Annual administration report of the Bombay Presidency - 1887-1892
Year: 1887
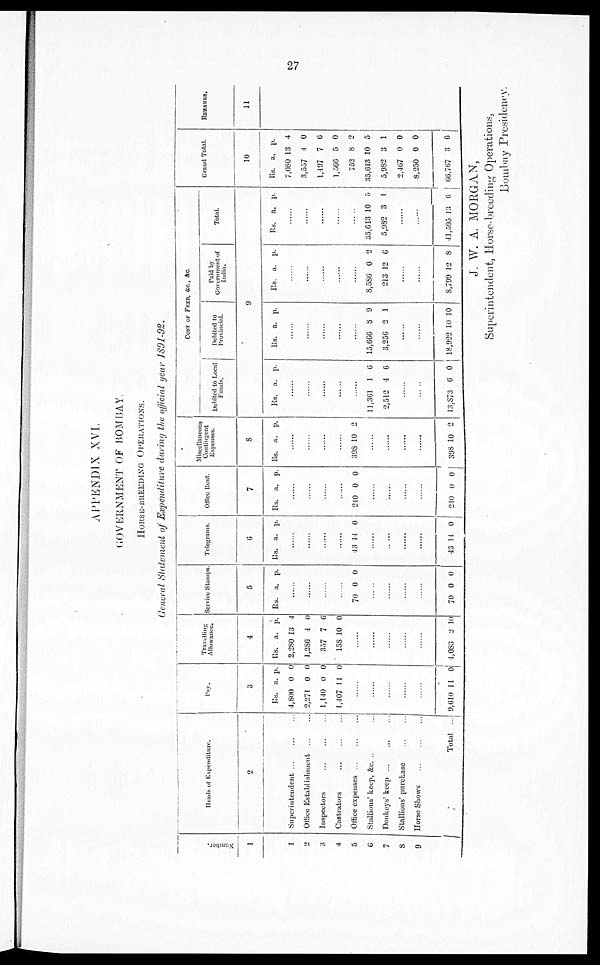
27
APPENDIX XVI.
GOVERNMENT OF BOMBAY.
HORSE-BREEDING OPERATIONS.
General Statement of Expenditure during the official year 1891-92.
Numbe r
.
1
1
2
3
4
5
6
7
8
9
Heads of Expenditure.
2
Superintendent ... ... ...
Office Establishment ... ...
Inspectors ... ... ...
Castrators ... ... ...
Office expenses ... ... ...
Stallions' keep, &c. ... ...
Donkeys' keep ... ... ...
Stallions' purchase ... ...
Horse Shows ... ... ...
Total ...
Pay.
3
Rs.
4,800
2,274
1,140
1,407
......
......
......
......
......
9,610
a.
0
0
0
11
11
p.
0
0
0
0
0
Travelling
Allowances.
4
Rs.
2,280
1,286
357
158
......
......
......
......
......
4,083
a.
13
1
7
10
2
p.
4
0
6
0
10
Service Stamps.
5
Rs. a. p.
......
......
......
......
70 0 0
......
......
......
......
70 0 0
Telegrams.
6
Rs. a. p.
......
......
......
......
43 14 0
......
......
......
......
43 14 0
Office Rent.
7
Rs. a. p.
......
......
......
......
240 0 0
......
......
......
......
240 0 0
Miscellaneous
Contingent
Expeenses.
8
Rs. a. p.
......
......
......
......
398 10 2
......
......
......
......
398 10 2
COST OF FEED, &C &C.
Debited to Local
Funds.
Debited to
Provincial.
Paid by
Government of
India.
Total.
9
Rs. a. p.
......
......
......
......
......
11,361
2,512
1
4
6
6
......
......
13,873 6 0
Rs. a. p.
......
......
......
......
......
15,666
3,256
8
2
9
1
......
......
18,922 10 10
Rs. a. p.
......
......
......
......
......
8.586
213
0
12
2
6
......
......
8,799 12 8
Rs. a. p.
......
......
......
......
......
35,613
5,982
10
3
5
1
......
......
41,595 13 6 1
Grand Total.
10
Rs.
7,080
3,557
1,497
1,566
752
35,613
5,982
2,467
8,250
66,767
a.
13
4
7
5
8
10
3
0
0
3
a.
4
0
6
0
2
5
1
0
0
6
REMARKS.
11
J. W. A. MORGAN,
Superintendent, Horse-breeding Operations,
Bombay Presidency.